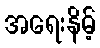
အရေးနိမ့်